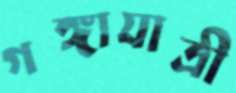
গঙ্গাযাত্রী